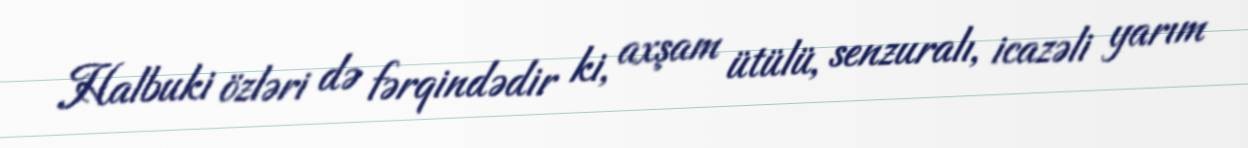
Halbuki özləri də fərqindədir ki, axşam ütülü, senzuralı, icazəli yarım